Indian journal of veterinary science and animal husbandry - Volume 8,
Year: 1938
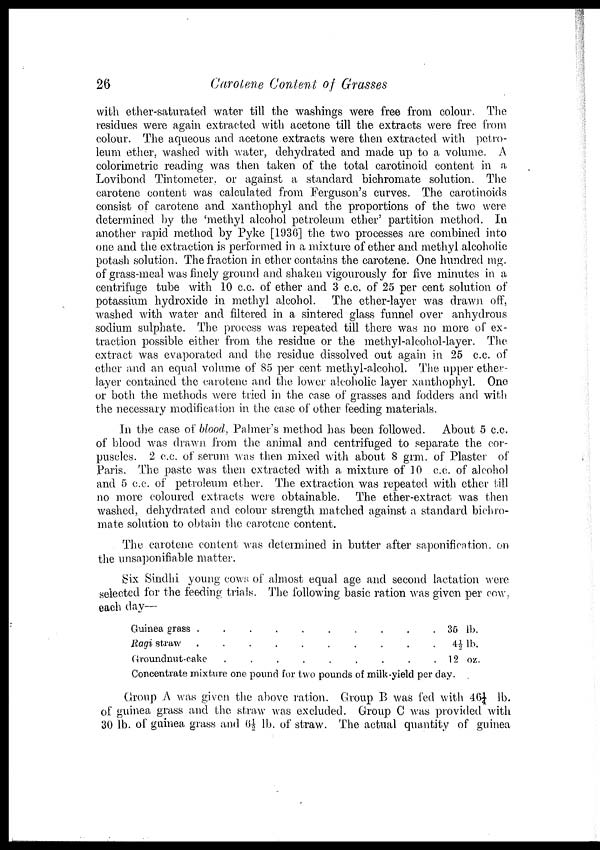
26
Carotene Content of Grasses
with ether-saturated water till the washings were free from colour. The
residues were again extracted with acetone till the extracts were free from
colour. The aqueous and acetone extracts were then extracted with petro-
leum ether, washed with water, dehydrated and made up to a volume. A
colorimetric reading was then taken of the total carotinoid content in a
Lovibond Tintometer, or against a standard bichromate solution. The
carotene content was calculated from Ferguson's curves. The carotinoids
consist of carotene and xanthophyl and the proportions of the two were
determined by the 'methyl alcohol petroleum ether' partition method. In
another rapid method by Pyke [1936] the two processes are combined into
one and the extraction is performed in a mixture of ether and methyl alcoholic
potash solution. The fraction in ether contains the carotene. One hundred mg.
of grass-meal was finely ground and shaken vigourously for five minutes in a
centrifuge tube with 10 c.c. of ether and 3 c.c. of 25 per cent solution of
potassium hydroxide in methyl alcohol. The ether-layer was drawn off,
washed with water and filtered in a sintered glass funnel over anhydrous
sodium sulphate. The process was repeated till there was no more of ex-
traction possible either from the residue or the methyl-alcohol-layer. The
extract was evaporated and the residue dissolved out again in 25 c.c. of
ether and an equal volume of 85 per cent methyl-alcohol. The upper ether-
layer contained the carotene and the lower alcoholic layer xanthophyl. One
or both the methods were tried in the case of grasses and fodders and with
the necessary modification in the case of other feeding materials.
In the case of blood, Palmer's method has been followed. About 5 c.c.
of blood was drawn from the animal and centrifuged to separate the cor-
puscles. 2 c.c. of serum was then mixed with about 8 grm. of Plaster of
Paris. The paste was then extracted with a mixture of 10 c.c. of alcohol
and 5 c.c. of petroleum ether. The extraction was repeated with ether till
no more coloured extracts were obtainable. The ether-extract was then
washed, dehydrated and colour strength matched against a standard bichro-
mate solution to obtain the carotene content.
The carotene content was determined in butter after saponification, on
the unsaponifiable matter.
Six Sindhi young cows of almost equal age and second lactation were
selected for the feeding trials. The following basic ration was given per cow,
each day—
Guinea grass . . . . . . . . . .
Ragi straw . . . . . . . . . .
Groundnut-cake
.
.
.
.
.
.
.
.
.
.
35 lb.
4½ lb.
12 oz.
Concentrate mixture one pound for two pounds of milk-yield per day.
Group A was given the above ration. Group B was fed with 46¼ lb.
of guinea grass and the straw was excluded. Group C was provided with
30 lb. of guinea grass and 6½ lb. of straw. The actual quantity of guinea